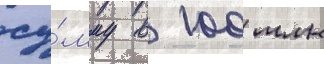
су́мму в 100 млн